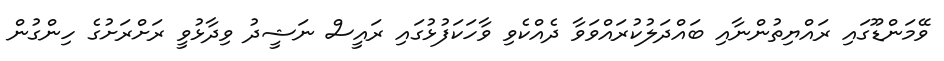
ވޭމަންޑޫގައި ރައްޔިތުންނާއި ބައްދަލުކުރައްވަވާ ދެއްކެވި ވާހަކަފުޅުގައި ރައީސް ނަޝީދު ވިދާޅުވީ ރަށްރަށުގެ ހިންގުން